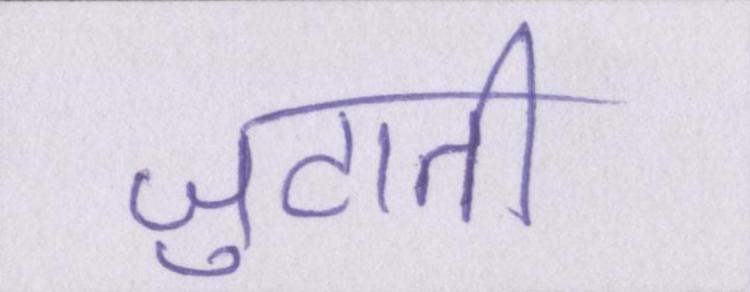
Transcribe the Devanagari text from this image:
जुटाती